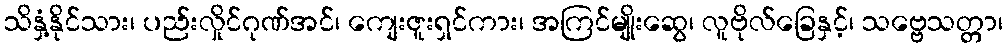
သိနှံ့နိုင်သား၊ ပည်းလှိုင်ဂုဏ်အင်၊ ကျေးဇူးရှင်ကား၊ အကြင်မျိုးဆွေ၊ လူဗိုလ်ခြေနှင့်၊ သဗ္ဗေသတ္တာ၊